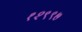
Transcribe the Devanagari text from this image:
१२९९७